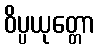
ဝိပ္ပယုတ္တော